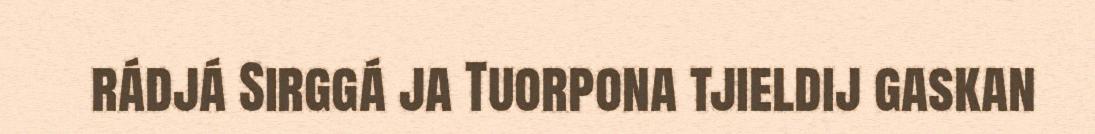
rádjá Sirggá ja Tuorpona tjieldij gaskan